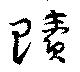
贖